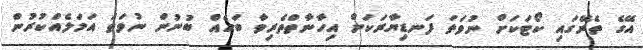
އޭގެ ތެރޭގައި ކޯޓަކަށް ނުވަތަ ފަނޑިޔާރަކަށް އިހާނާތްތެރިވާ ބަހެއް ބުނުން ނުވަތަ އަމަލެއްކުރުން